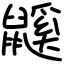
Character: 鼷